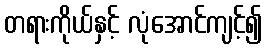
တရားကိုယ်နှင့် လုံအောင်ကျင့်၍